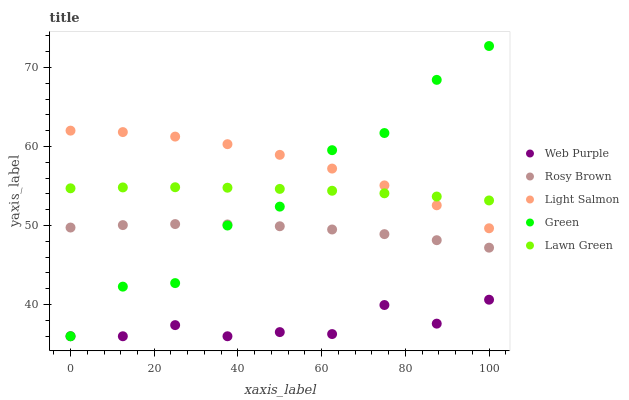
| xaxis_label | Web Purple | Rosy Brown | Light Salmon | Green | Lawn Green |
 | --- | --- | --- | --- | --- | --- |
 | 0 | 36 | 49.7 | 62 | 36 | 54.7 |
 | 12.5 | 36 | 50.1 | 61.8 | 42.3 | 54.8 |
 | 25 | 37.4 | 50.2 | 61.2 | 42.7 | 54.8 |
 | 37.5 | 36 | 50.1 | 60.3 | 50 | 54.8 |
 | 50 | 36.5 | 49.9 | 58.9 | 52.4 | 54.6 |
 | 62.5 | 36.3 | 49.5 | 57.2 | 59.5 | 54.4 |
 | 75 | 39.9 | 48.9 | 55.1 | 61.7 | 54.1 |
 | 87.5 | 37.6 | 48.1 | 52.6 | 68.4 | 53.7 |
 | 100 | 40.6 | 47.2 | 49.7 | 72.7 | 53.2 |